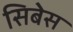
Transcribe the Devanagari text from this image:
सिबेस